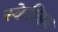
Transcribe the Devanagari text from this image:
स्केल्डिक